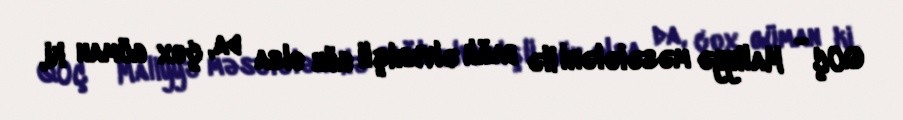
QOÇ - Maliyyə məsələləri ilə bağlı əlverişli gün olsa da, çox güman ki,